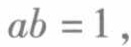
\(ab = 1\)